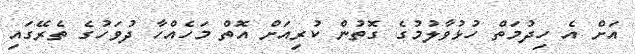
އަށް އެ ހިދުމަތް ހުޅުވާލުމުގެ ގޮތުން ކުރިއަށް އޮތް މަހެއްހާ ދުވަހުގެ ތެރޭގައި